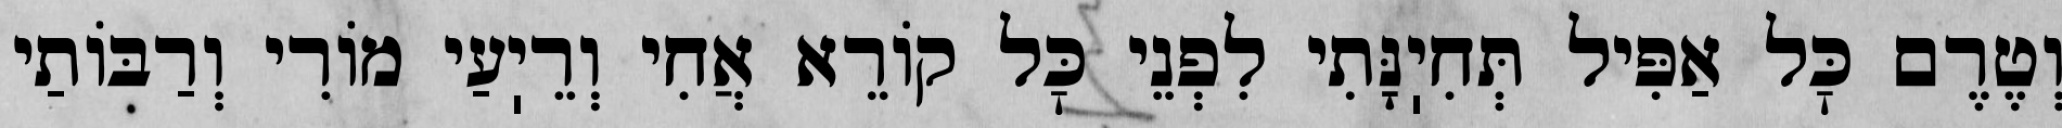
וְטֶרֶם כׇּל אַפִּיל תְּחִיֽנָּתִי לִפְנֵי כׇּל קוֹרֵא אֲחִי וְרֵיֽעַי מוֹרִי וְרַבּוֹתַי